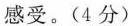
感受。(4分)